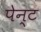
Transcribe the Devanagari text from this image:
पेन्‍ट